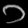
Digit: ၁